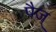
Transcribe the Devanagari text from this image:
पैज्